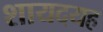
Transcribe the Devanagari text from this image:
शायदयह